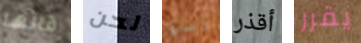
قالها لحن رباط أقذر يقرر